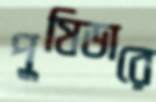
পুষিডারে